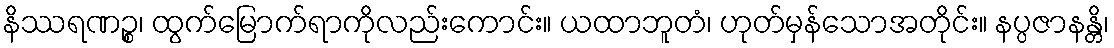
နိဿရဏဉ္စ၊ ထွက်မြောက်ရာကိုလည်းကောင်း။ ယထာဘူတံ၊ ဟုတ်မှန်သောအတိုင်း။ နပ္ပဇာနန္တိ၊